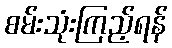
စမ်းသုံးကြည့်ရန်